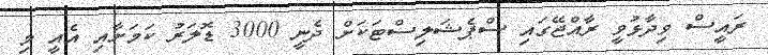
ރައީސް ވިދާޅުވީ ރާއްޖޭގައި ސްޕެޝަލިސްޓަކަށް ދެނީ 3000 ޑޮލަރު ކަމަށާއި އެއީ މި